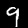
Digit: 9